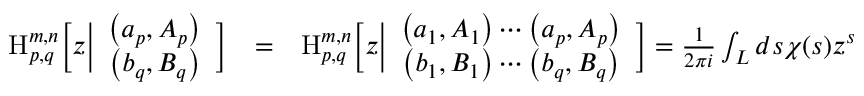
\begin{array} { r l r } { \mathrm { \large { H } } _ { p , q } ^ { m , n } \bigg [ z \bigg | \begin{array} { c } { \left( a _ { p } , A _ { p } \right) } \\ { \left( b _ { q } , B _ { q } \right) } \end{array} \bigg ] } & { = } & { \mathrm { \large { H } } _ { p , q } ^ { m , n } \bigg [ z \bigg | \begin{array} { c } { \left( a _ { 1 } , A _ { 1 } \right) \cdots \left( a _ { p } , A _ { p } \right) } \\ { \left( b _ { 1 } , B _ { 1 } \right) \cdots \left( b _ { q } , B _ { q } \right) } \end{array} \bigg ] = \frac { 1 } { 2 \pi i } \int _ { L } d s \chi ( s ) z ^ { s } } \end{array}